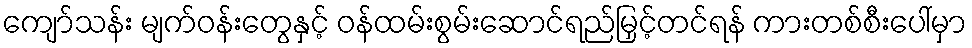
ကျော်သန်း မျက်ဝန်းတွေနှင့် ဝန်ထမ်းစွမ်းဆောင်ရည်မြှင့်တင်ရန် ကားတစ်စီးပေါ်မှာ